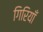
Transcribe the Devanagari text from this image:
गिरियाँ